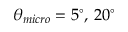
\theta _ { m i c r o } = 5 ^ { \circ } , \, 2 0 ^ { \circ }